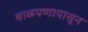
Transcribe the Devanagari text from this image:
बाळपणापासून